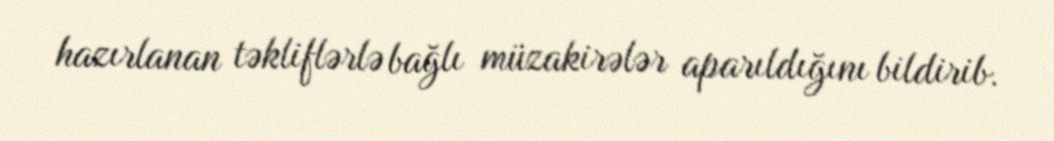
hazırlanan təkliflərlə bağlı müzakirələr aparıldığını bildirib.